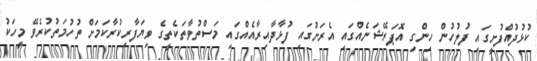
ކުޅުދުއްފުށީގައި ފުލުހުން ހިންގި އޮޕަރޭޝަނެއްގައި އެރަށުގައި ފުޅާދާއިރާއެއްގައި މަސްތުވާތަކެތީގެ ވިޔަފާރިކުރާކަމަށް ތުހުމަތުކުރެވޭ މީހަކު